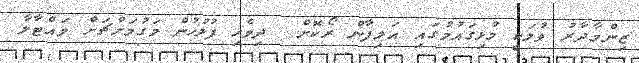
ޒިންމާދާރު ވުމަކީ މުޅިގައުމުގައި އަލިފާން ރޯކޮށް  ދިވެހި ފުލުހުން މަގުމަށްޗަށް ވައްޓާލާ